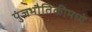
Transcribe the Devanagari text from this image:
पुंजभौतिकीमध्ये